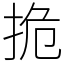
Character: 㧪